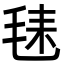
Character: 𪵛